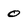
Character: o